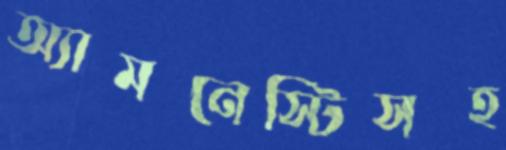
অ্যামনেস্টিসহ